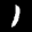
Label: 1